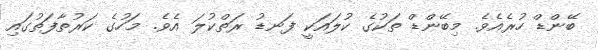
ބޭންޑް ހުރެއެވެ. މިބޭންޑް ތަކުގެ ކުލައަކީ ފަނޑު ރަތްކުލަ އެވެ. މަހުގެ ކަރުތާފަތުގައި